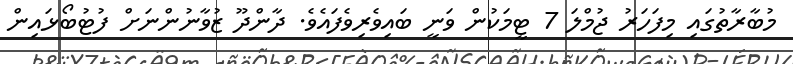
މުބާރާތުގައި މިފަހަރު ޖުމްލަ 7 ޓީމަކުން ވަނީ ބައިވެރިވެފައެވެ. ދާންދޫ ޒުވާނުންނަށް ފުޓުބޯޅައިން